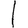
Digit: 1